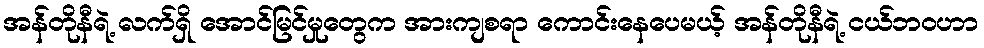
အန်တိုနီရဲ့ လက်ရှိ အောင်မြင်မှုတွေက အားကျစရာ ကောင်းနေပေမယ့် အန်တိုနီရဲ့ ငယ်ဘဝဟာ